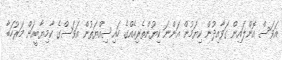
އަވަސް އޮންލައިން ގަވާއިދުން ކިޔަމުން އަންނަ ކިޔުންތެރިއެއްގެ ހައިސިއްޔަތުން އަަވަސްގެ ކާމިޔާބީއަށް މަރުހަބާ